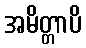
အမိတ္တာပိ